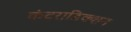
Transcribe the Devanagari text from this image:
कंट्राडिक्शन